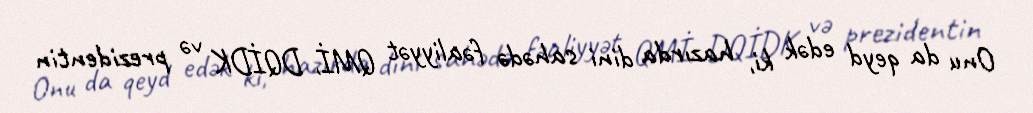
Onu da qeyd edək ki, hazırda dini sahədə fəaliyyət QMİ, DQİDK və prezidentin